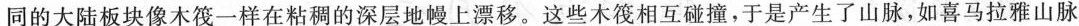
同的大陆板块像木筏一样在粘稠的深层地幔上漂移。这些木筏相互，于是产生了山脉，如喜马拉雅山脉